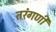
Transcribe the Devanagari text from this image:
तरंगणी